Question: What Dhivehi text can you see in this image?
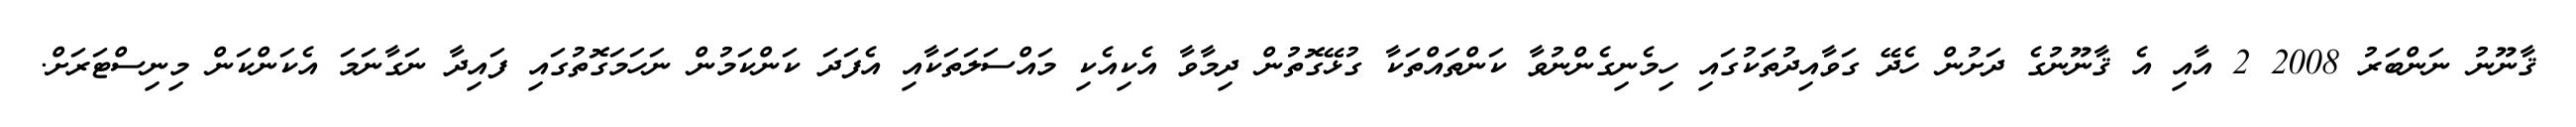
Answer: ޤާނޫނު ނަންބަރު 2008 2 އާއި އެ ޤާނޫނުގެ ދަށުން ހެދޭ ގަވާއިދުތަކުގައި ހިމެނިގެންނުވާ ކަންތައްތަކާ ގުޅޭގޮތުން ދިމާވާ އެކިއެކި މައްސަލަތަކާއި އެފަދަ ކަންކަމުން ނަހަމަގޮތުގައި ފައިދާ ނަގާނަމަ އެކަންކަން މިނިސްޓަރަށް.